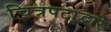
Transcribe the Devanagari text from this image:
चित्रपटा्द्वारे